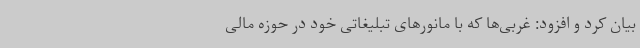
بیان کرد و افزود: غربی‌ها که با مانورهای تبلیغاتی خود در حوزه مالی